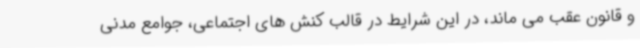
و قانون عقب می ماند، در این شرایط در قالب کنش های اجتماعی، جوامع مدنی